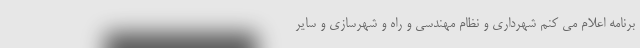
برنامه اعلام می کنم شهرداری و نظام مهندسی و راه و شهرسازی و سایر